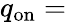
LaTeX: q_{\mathrm{on}}=